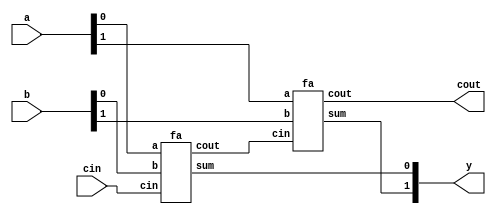
// ripple carry adder
module rca #(
    parameter N = 2
) (
    input wire [N-1: 0] a,
    input wire [N-1: 0] b,
    input wire cin,
    output wire [N-1: 0] y,
    output wire cout
);

wire [N: 0] carry;
assign carry[0] = cin;
assign cout = carry[N];

genvar i;
generate
    for (i = 0; i < N; i = i + 1) begin
        fa fa(a[i], b[i], carry[i], y[i], carry[i + 1]);
    end
endgenerate

endmodule

module fa (
    input wire a,
    input wire b,
    input wire cin,
    output wire sum,
    output wire cout
);

assign sum = a ^ b ^ cin;
assign cout = (a & b) | (a & cin) | (b & cin);

endmodule